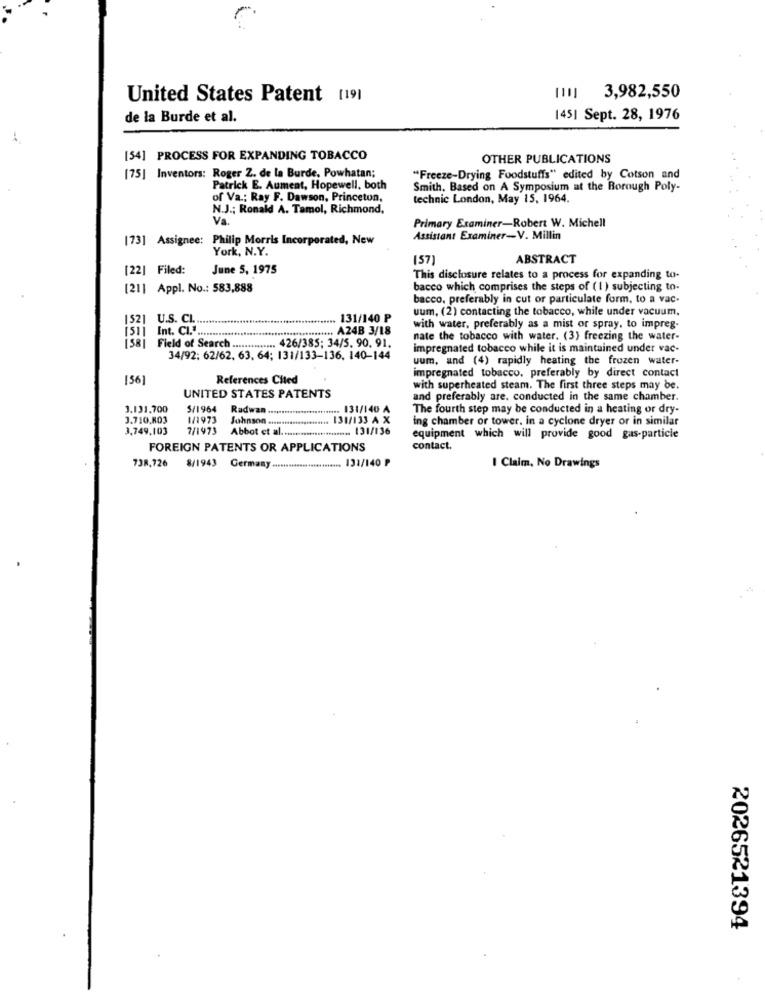
United States Patent [19]
1111 3,982,550
de la Burde et al.
145| Sept. 28, 1976
[54] PROCESS FOR EXPANDING TOBACCO
OTHER PUBLICATIONS
[75] Inventors: Roger Z. de la Burde, Powhatan;
"Freeze-Drying Foodstuffs" edited by Cotson and
Patrick E. Aument, Hopewell, both
Smith, Based on A Symposium at the Borough Poly-
of Va .: Ray F. Dawson, Princeton,
technic London, May 15, 1964.
N.J .; Ronald A. Tamol, Richmond,
Va
Primary Examiner-Robert W. Michell
173] Assignee: Philip Morris Incorporated, New
Assistant Examiner-V. Millin
York, N.Y.
(57)
ABSTRACT
[22] Filed:
June 5, 1975
This disclosure relates to a process for expanding to-
[21] Appl. No .: 583,888
bacco which comprises the steps of ( 1 ) subjecting to-
bacco, preferably in cut or particulate form, to a vac-
uum, (2) contacting the tobacco, while under vacuum.
1521
U.S. C .. ............................................. 131/140 P
isii
Int. Cl .. ............................................ A24B 3/18
with water, preferably as a mist or spray, to impreg-
nate the tobacco with water. (3) freezing the water-
[58] Field of Search .............. 426/385; 34/5. 90. 91.
impregnated tobacco while it is maintained under vac-
34/92: 62/62. 63. 64; 131/133-136. 140-144
uum, and (4) rapidly heating the frozen water-
impregnated tobacco, preferably by direct contact
[56]
References Cited
with superheated steam. The first three steps may be.
UNITED STATES PATENTS
and preferably are. conducted in the same chamber.
3.131,700
5/1964 Radwan .......................... 131/140 A
The fourth step may be conducted in a heating or dry-
3.710,803
1/1973
Johnson ...................... 131/133 A X
ing chamber or tower. in a cyclone dryer or in similar
3,749,103
7/1973
Abbot et al ......................... 131/136
equipment which will provide good gas-particle
FOREIGN PATENTS OR APPLICATIONS
contact.
738,726
8/1943 Germany ......................... 131/140 ₱
I Claim, No Drawings
2026521394